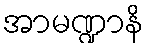
အာမဏ္ဍာနိ